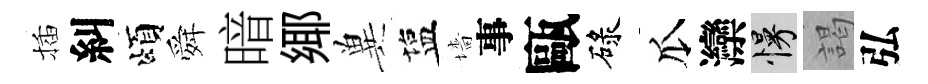
插糾頌舜暗鄊兾塩墻事甌碌瓜灤慢謁弘